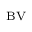
_ \mathrm { B V }